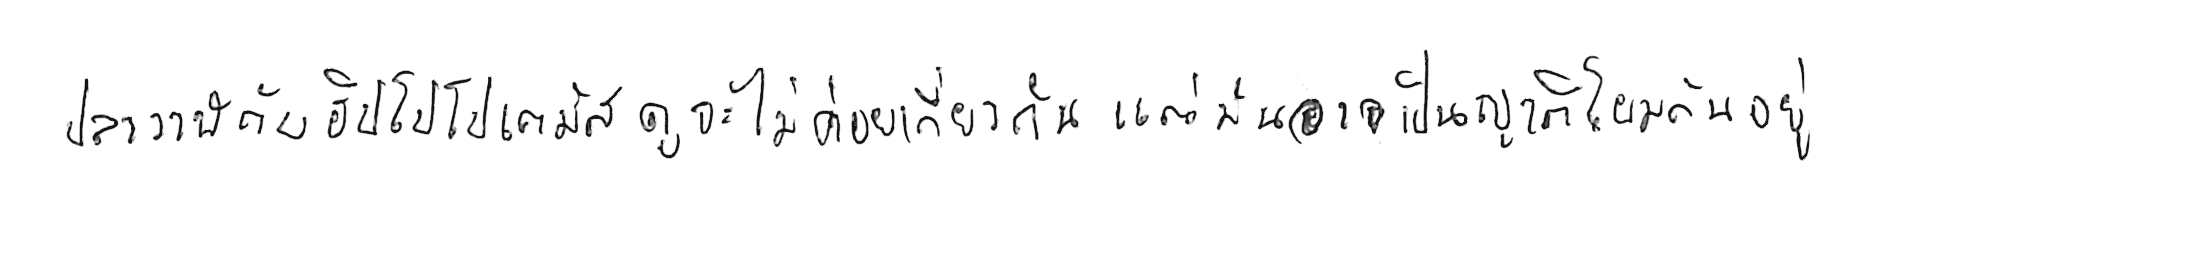
ปลาวาฬ กับ ฮิปโปโปเตมัส ดูจะไม่ค่อยเกี่ยวกัน แต่มันอาจเป็นญาติโยมกันอยู่